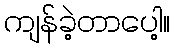
ကျန်ခဲ့တာပေါ့။